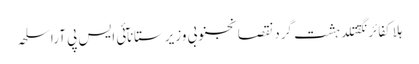
ہلاکفائرنگقتلدہشت گردنقصانجنوبی وزیرستانآئی ایس پی آراسلحہ